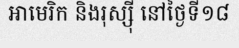
អាមេរិក និងរុស្ស៊ី នៅថ្ងៃទី១៨